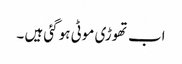
اب تھوڑی موٹی ہو گئی ہیں ۔